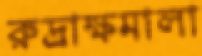
রুদ্রাক্ষমালা